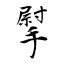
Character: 𢲴